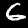
Digit: 6